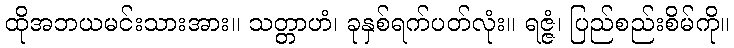
ထိုအဘယမင်းသားအား။ သတ္တာဟံ၊ ခုနှစ်ရက်ပတ်လုံး။ ရဇ္ဇံ၊ ပြည်စည်းစိမ်ကို။